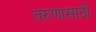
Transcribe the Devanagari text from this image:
तरुणासाठी